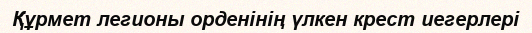
Құрмет легионы орденінің үлкен крест иегерлері